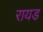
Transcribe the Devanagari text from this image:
रायड